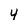
Character: 4